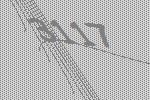
3117